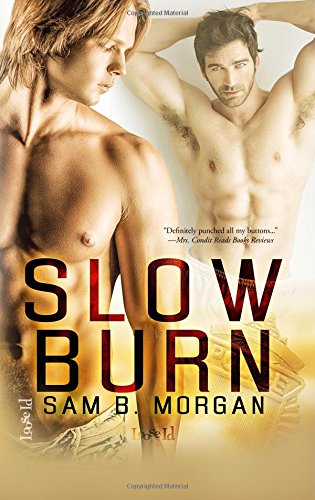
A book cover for Slow Burn; Sam B. Morgan; Romance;